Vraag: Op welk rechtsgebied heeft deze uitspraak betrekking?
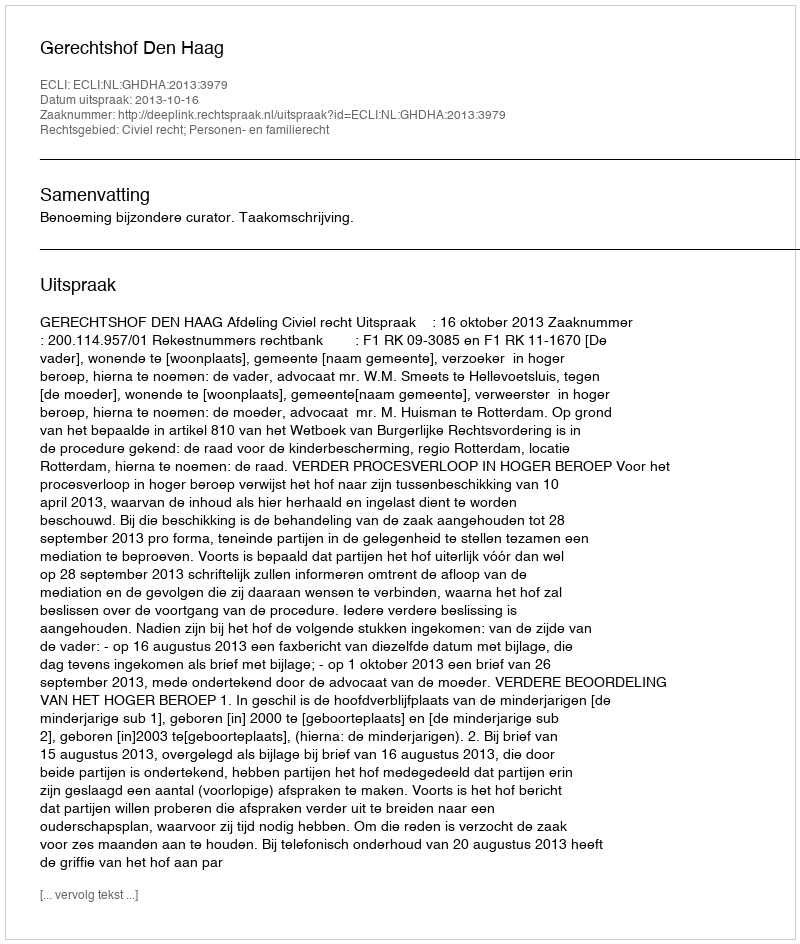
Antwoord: Civiel recht; Personen- en familierecht